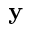
\mathbf { y }